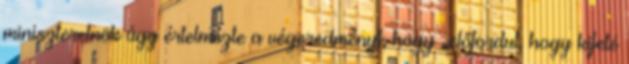
miniszterelnök úgy értelmezte a végeredményt, hogy „előfordul, hogy kifelé